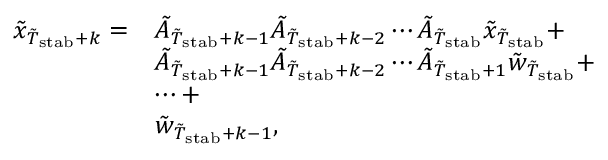
\begin{array} { r l } { \tilde { x } _ { \tilde { T } _ { \mathrm { s t a b } } + k } = } & { \tilde { A } _ { \tilde { T } _ { \mathrm { s t a b } } + k - 1 } \tilde { A } _ { \tilde { T } _ { \mathrm { s t a b } } + k - 2 } \cdots \tilde { A } _ { \tilde { T } _ { \mathrm { s t a b } } } \tilde { x } _ { \tilde { T } _ { \mathrm { s t a b } } } + } \\ & { \tilde { A } _ { \tilde { T } _ { \mathrm { s t a b } } + k - 1 } \tilde { A } _ { \tilde { T } _ { \mathrm { s t a b } } + k - 2 } \cdots \tilde { A } _ { \tilde { T } _ { \mathrm { s t a b } } + 1 } \tilde { w } _ { \tilde { T } _ { \mathrm { s t a b } } } + } \\ & { \cdots + } \\ & { \tilde { w } _ { \tilde { T } _ { \mathrm { s t a b } } + k - 1 } , } \end{array}